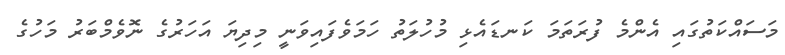
މަސައްކަތުގައި އެންމެ ފުރަތަމަ ކަނޑައެޅި މުހުލަތު ހަމަވެފައިވަނީ މިދިޔަ އަހަރުގެ ނޮވެމްބަރު މަހުގެ